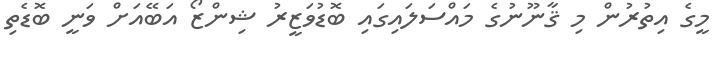
މީގެ އިތުރުން މި ޤާނޫނުގެ މައްސަލައިގައި ބޮޑުވަޒީރު ޝިންޒޯ އަބޭއަށް ވަނީ ބޮޑެތި